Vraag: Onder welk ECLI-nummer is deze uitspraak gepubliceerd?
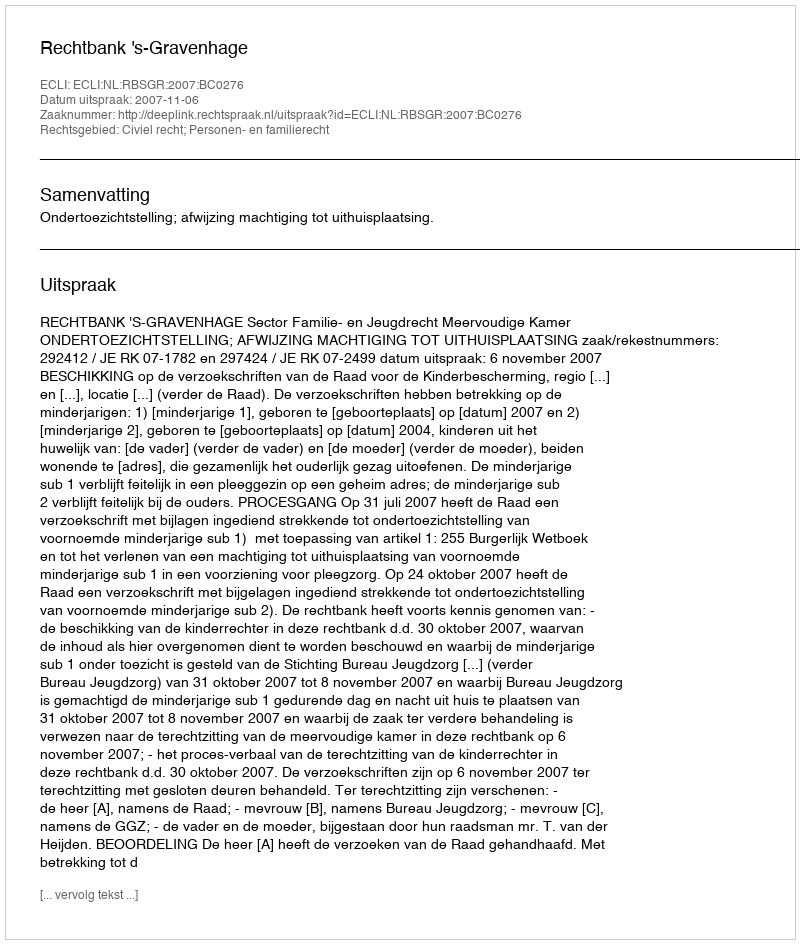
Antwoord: ECLI:NL:RBSGR:2007:BC0276